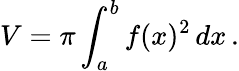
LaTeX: V=\pi\int_{a}^{b}f(x)^{2}\, dx\, .